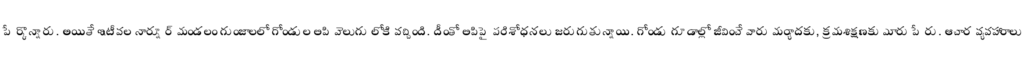
పేర్కొన్నారు. అయితే ఇటీవల నార్నూర్ మండలం గుంజాలలో గోండుల లిపి వెలుగు లోకి వచ్చింది. దీంతో లిపిపై పరిశోధనలు జరుగుతున్నాయి. గోండు గూడాల్లో జీవించే వారు మర్యాదకు, క్రమశిక్షణకు మారు పేరు. ఆచార వ్యవహారాలు